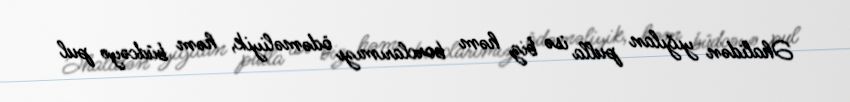
Əhalidən yığılan pulla isə biz həm borclarımızı ödəməliyik, həm büdcəyə pul